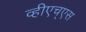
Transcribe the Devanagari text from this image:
व्हीएच्‌एस